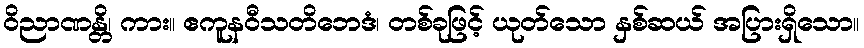
ဝိညာဏန္တိ၊ ကား။ ဧကူနဝီသတိဘေဒံ၊ တစ်ခုဖြင့် ယုတ်သော နှစ်ဆယ် အပြားရှိသော။